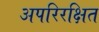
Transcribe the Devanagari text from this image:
अपरिरक्षित